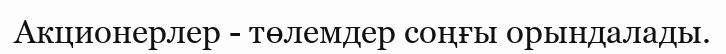
Акционерлер - төлемдер соңғы орындалады.